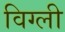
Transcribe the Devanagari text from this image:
विग्ली